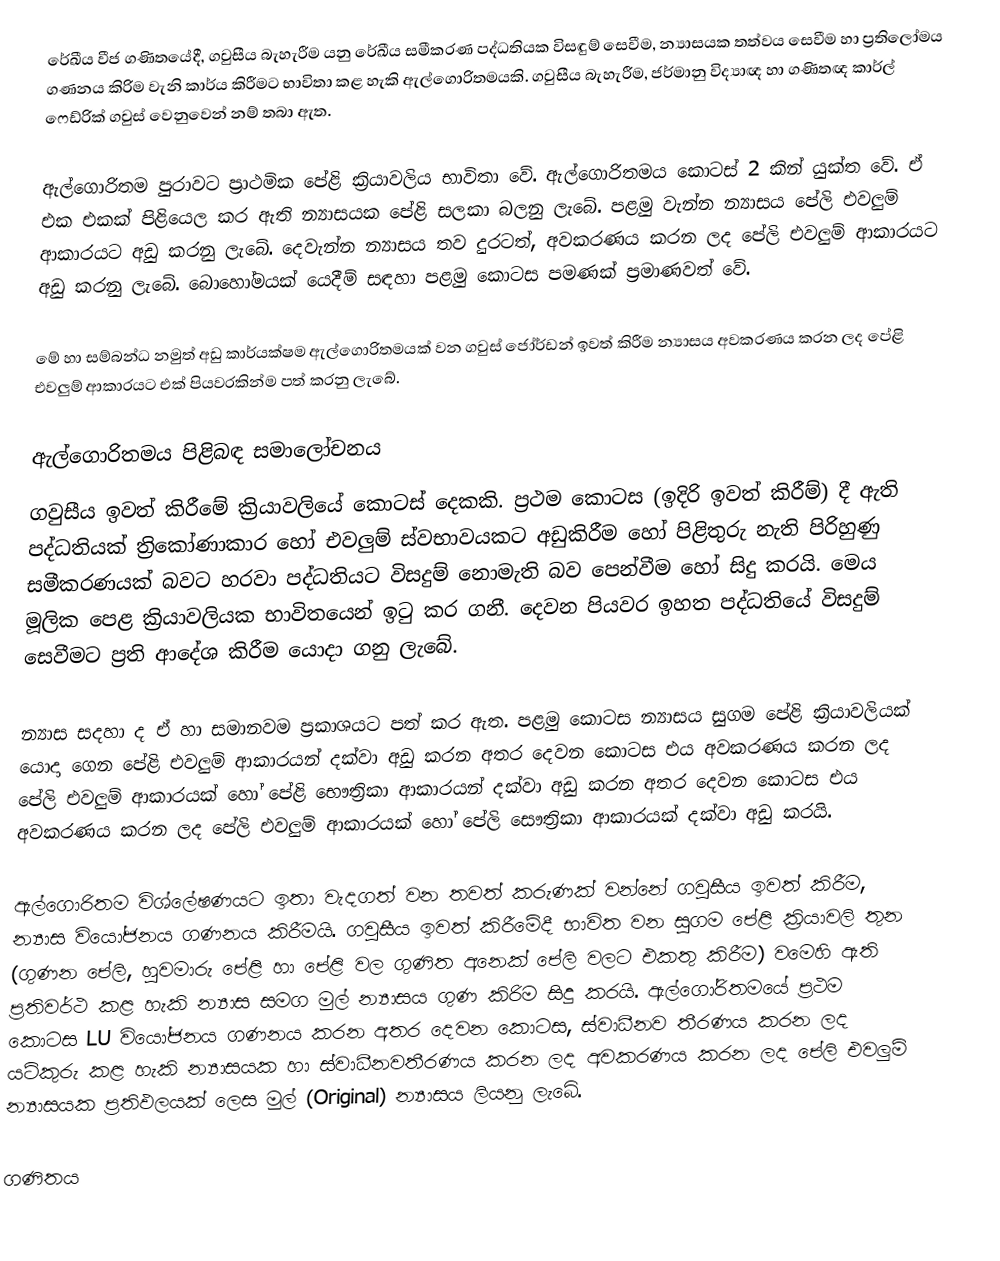
රේඛීය වීජ ගණිතයේදී, ගවුසීය බැහැරීම යනු රේඛීය සමීකරණ පද්ධතියක විසඳුම් සෙවීම, න්‍යාසයක තත්වය සෙවීම හා ප්‍රතිලෝමය ගණනය කිරිම වැනි කාර්ය කිරීමට භාවිතා කළ හැකි ඇල්ගොරිතමයකි. ගවුසීය බැහැරීම, ජර්මානු විද්‍යාඥ හා ගණිතඥ කාර්ල් ෆෙඩ්රික් ගවුස් වෙනුවෙන් නම් තබා ඇත.

ඇල්ගොරිතම පුර‍ාවට ප්‍රාථමික පේළි ක්‍රියාවලිය භාවිතා වේ. ඇල්ගොරිතමය කොටස් 2 කින් යුක්ත වේ. ඒ එක එකක් පිළියෙල කර ඇති න්‍යාසයක පේළි සලකා බලනු ලැබේ. පළමු වැන්න න්‍යාසය පේලි එවලුම් ආකාරයට අඩු කරනු ලැබේ. දෙවැන්න න්‍යාසය තව දුරටත්, අවකරණය කරන ලද පේලි එවලුම් ආකාරයට අඩු කරනු ලැබේ. බොහෝමයක් යෙදීම් සඳහා පළමු කොටස පමණක් ප්‍රමාණවත් වේ.

මේ හා සම්බන්ධ නමුත් අඩු කාර්යක්ෂම ඇල්ගොරිතමයක් වන ගවුස් ජෝර්ඩන් ඉවත් කිරීම න්‍යාසය අවකරණය කරන ලද පේළි එවලුම් ආකාරයට එක් පියවරකින්ම පත් කරනු ලැබේ.

ඇල්ගොරිතමය පිළිබඳ සමාලෝචනය
ගවුසීය ඉවත් කිරීමේ ක්‍රියාවලියේ කොටස් දෙකකි. ප්‍රථම කොටස (ඉදිරි ඉවත් කිරීම්) දී ඇති පද්ධතියක් ත්‍රිකෝණාකාර හෝ එවලුම් ස්වභාවයකට අඩුකිරීම හෝ පිළිතුරු නැති පිරිහුණු සමීකරණයක් බවට හරවා පද්ධතියට විසදුම් නොමැති බව පෙන්වීම හෝ සිදු කරයි. මෙය මූලික පෙළ ක්‍රියාවලියක භාවිතයෙන් ඉටු කර ගනී. දෙවන පියවර ඉහත පද්ධතියේ විසදුම් සෙවීමට ප්‍රති ආදේශ කිරීම යොදා ගනු ලැබේ.

න්‍යාස සදහා ද ඒ හා සමානවම ප්‍රකාශයට පත් කර ඇත. පළමු කොටස න්‍යාසය සුගම පේළි ක්‍රියාවලියක් යොදා ගෙන පේළි එවලුම් ආකාරයන් දක්වා අඩු කරන අතර දෙවන කොටස එය අවකරණය කරන ලද පේලි එවලුම් ආකාරයක් හෝ පේළි භෞත්‍රිකා ආකාරයන් දක්වා අඩු කරන අතර දෙවන කොටස එය අවකරණය කරන ලද පේලි එවලුම් ආකාරයක් හෝ පේලි සෞත්‍රිකා ආකාරයක් දක්වා අඩු කරයි.

ඇල්ගොරිතම විශ්ලේෂණයට ඉතා වැදගත් වන තවත් කරුණක් වන්නේ ගවුසීය ඉවත් කිරීම, න්‍යාස වියෝජනය ගණනය කිරීමයි. ගවුසීය ඉවත් කිරීමේදී භාවිත වන සුගම පේළි ක්‍රියාවලි තුන (ගුණන පේලි, හුවමාරු පේළි හා පේළි වල ගුණිත අනෙක් පේලි වලට එකතු කිරීම) වමෙහි ඇති ප්‍රතිවර්ථ කළ හැකි න්‍යාස සමග මුල් න්‍යාසය ගුණ කිරිම සිදු කරයි. ඇල්ගෝරිතමයේ ප්‍රථම කොටස LU වියෝජනය ගණනය කරන අතර දෙවන කොටස, ස්වාධීනව තීරණය කරන ලද යටිකුරු කළ හැකි න්‍යාසයක හා ස්වාධීනවතීරණය කරන ලද අවකරණය කරන ලද පේලි එවලුම් න්‍යාසයක ප්‍රතිඵලයක් ලෙස මුල් (Original) න්‍යාසය ලියනු ලැබේ.

ගණිතය